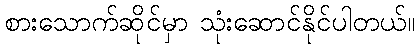
စားသောက်ဆိုင်မှာ သုံးဆောင်နိုင်ပါတယ်။